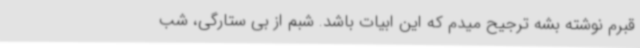
قبرم نوشته بشه ترجیح میدم که این ابیات باشد. شبم از بی ستارگی، شب